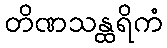
တိဏသန္ထရိကံ